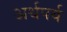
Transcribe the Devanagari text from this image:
अर्थपर्व